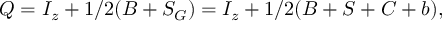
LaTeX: Q = I _ { z } + 1 / 2 ( B + S _ { G } ) = I _ { z } + 1 / 2 ( B + S + C + b ) ,